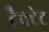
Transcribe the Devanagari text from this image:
ट्रैक्टेट